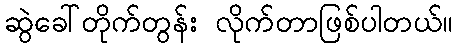
ဆွဲခေါ်တိုက်တွန်း လိုက်တာဖြစ်ပါတယ်။